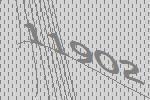
11902